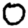
Digit: 0